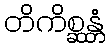
တိကိစ္ဆန္တံ